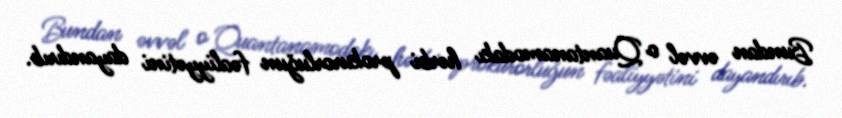
Bundan əvvəl o Quantanamodakı hərbi prokurorluğun fəaliyyətini dayandırıb.